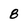
Character: 8